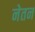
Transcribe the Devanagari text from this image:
नेतन